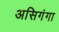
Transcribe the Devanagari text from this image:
असिगंगा